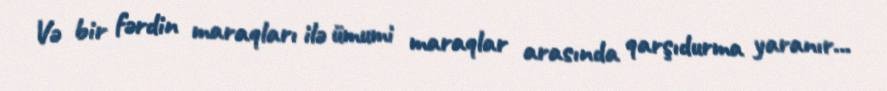
Və bir fərdin maraqları ilə ümumi maraqlar arasında qarşıdurma yaranır...